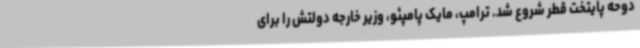
دوحه پایتخت قطر شروع شد. ترامپ، مایک پامپئو، وزیر خارجه دولتش را برای